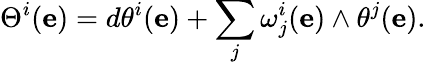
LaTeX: \Theta^{i}(\mathbf{e})=d\theta^{i}(\mathbf{e})+\sum_{j}\omega_{j}^{i}(\mathbf{e})\wedge\theta^{j}(\mathbf{e}).